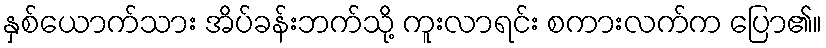
နှစ်ယောက်သား အိပ်ခန်းဘက်သို့ ကူးလာရင်း စကားလက်က ပြော၏။